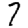
Digit: 7